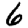
Digit: 6